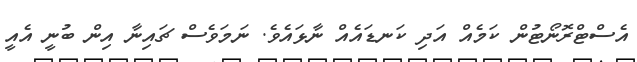
އެސްޓްރޮނޯޓުން ކަމެއް އަދި ކަނޑައެއް ނާޅައެވެ. ނަމަވެސް ޗައިނާ އިން ބުނީ އެއީ